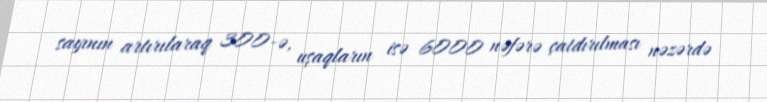
sayının artırılaraq 300-ə, uşaqların isə 6000 nəfərə çatdırılması nəzərdə